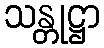
သန္တုဋ္ဌာ